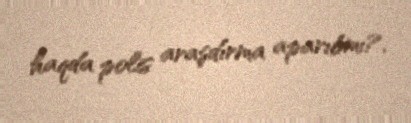
haqda polis araşdırma aparıbmı?.